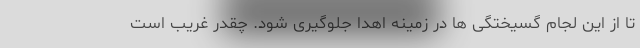
تا از این لجام گسیختگی ها در زمینه اهدا جلوگیری شود. چقدر غریب است